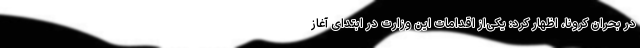
در بحران کرونا، اظهار کرد: یکی‌از اقدامات این وزارت در ابتدای آغاز